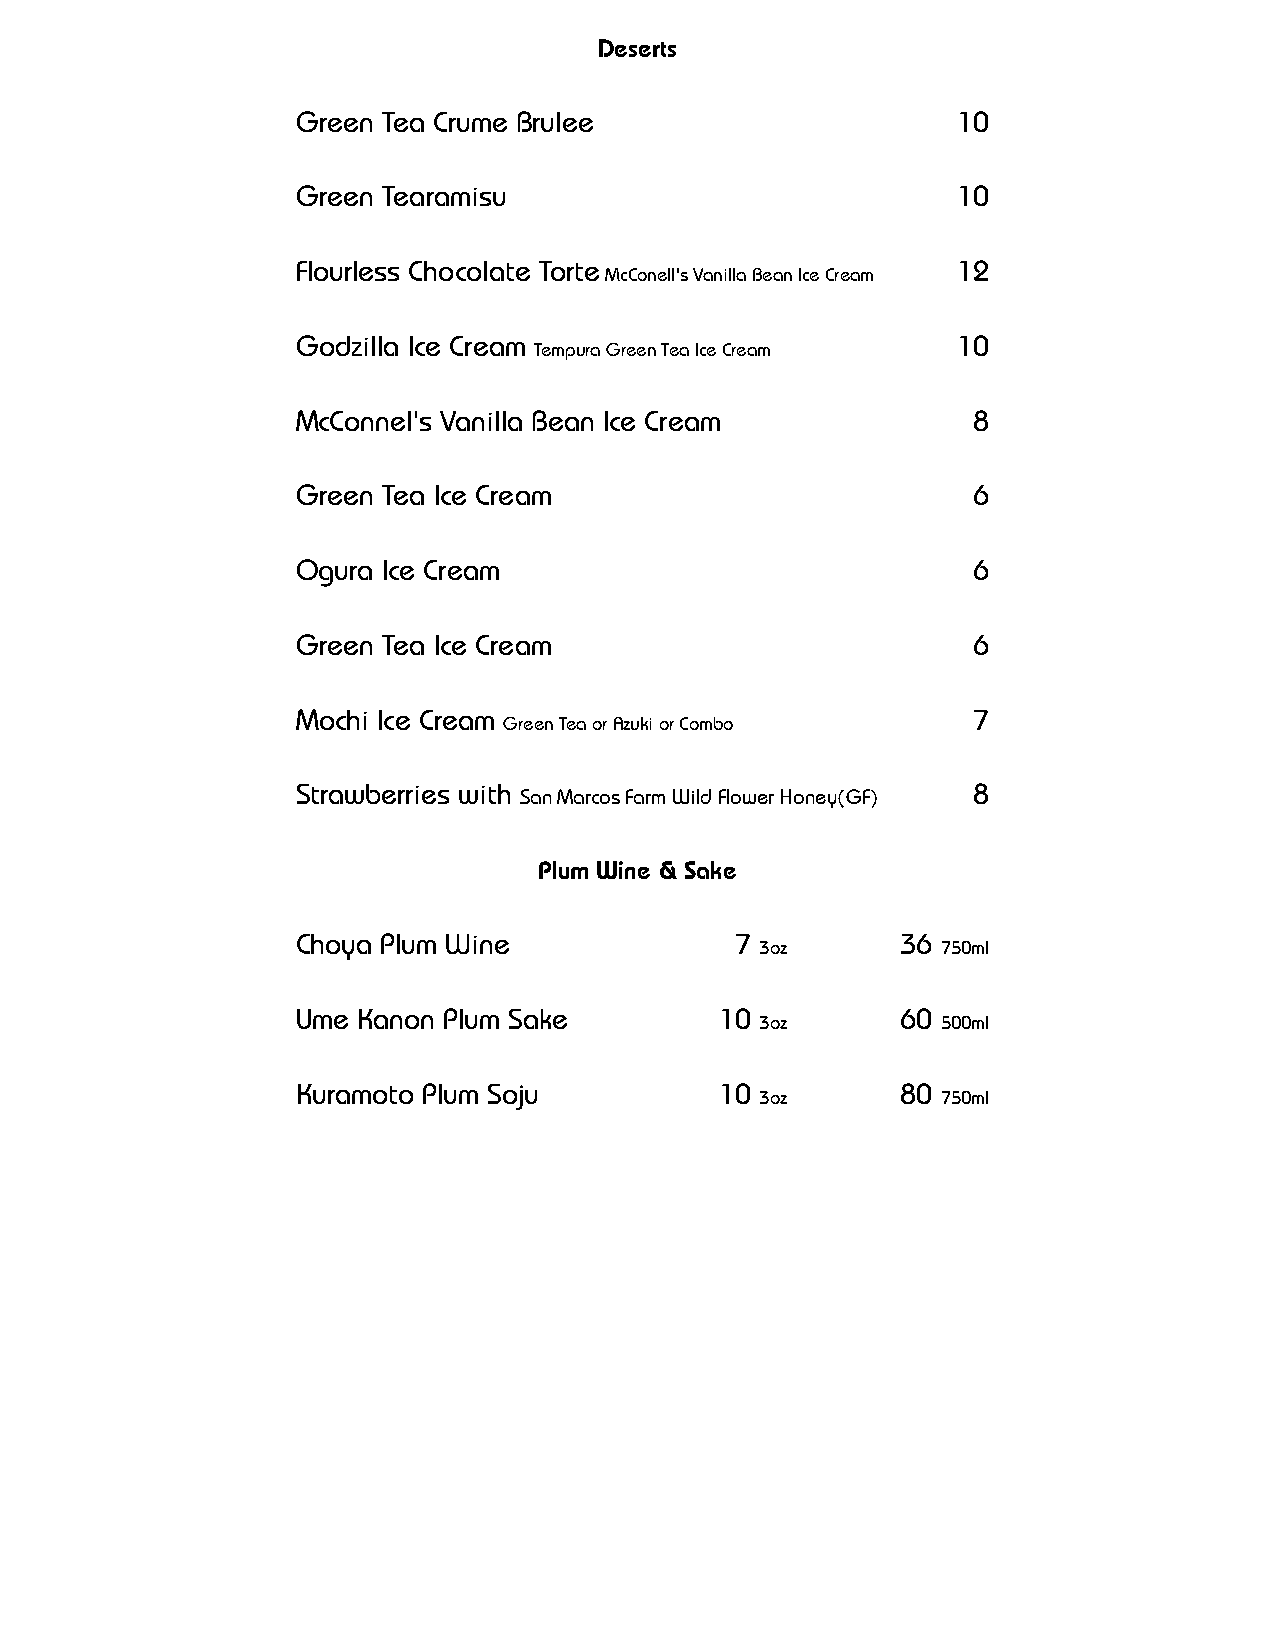
Deserts
 Green Tea Crume Brulee                     10
 Green Tearamisu                            10
 Flourless Chocolate Torte                  12
 McConell's Vanilla Bean Ice Cream
 Godzilla Ice Cream                         10
 Tempura Green Tea Ice Cream
 McConnel's Vanilla Bean Ice Cream           8
 Green Tea Ice Cream                         6
 Ogura Ice Cream                             6
 Green Tea Ice Cream                         6
 Mochi Ice Cream                             7
 Green Tea or Azuki or Combo
 Strawberries with
 San Marcos Farm Wild Flower Honey(GF)
 8
 Plum Wine & Sake
 Choya Plum Wine              7
 3oz
 36
 750ml
 Ume Kanon Plum Sake         10
 3oz
 60
 500ml
 Kuramoto Plum Soju          10
 3oz
 80
 750ml